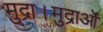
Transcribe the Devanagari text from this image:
मुद्रा।मुद्राओं